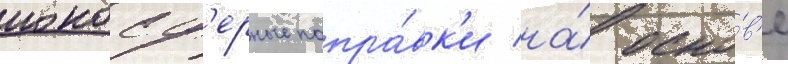
ионосф'ерные попра́вк'и на́ осно́в'е